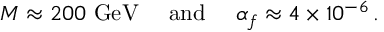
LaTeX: M \approx 2 0 0 ~ \mathrm { G e V \quad \ a n d } \quad \ \alpha _ { f } \approx 4 \times 1 0 ^ { - 6 } \, .